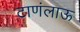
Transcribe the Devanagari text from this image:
टाणंलाऊ